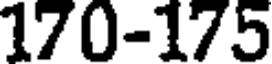
170-175